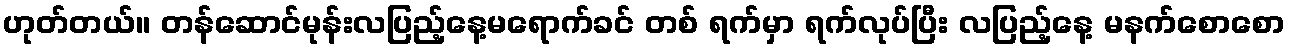
ဟုတ်တယ်။ တန်ဆောင်မုန်းလပြည့်နေ့မရောက်ခင် တစ် ရက်မှာ ရက်လုပ်ပြီး လပြည့်နေ့ မနက်စောစော